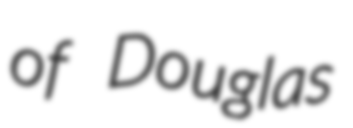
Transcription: of Douglas